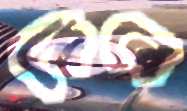
কিনে